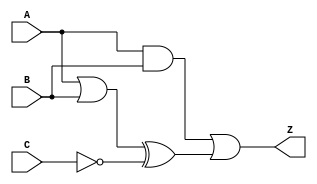
module combinational_logic (
    input wire A,      // Input A
    input wire B,      // Input B
    input wire C,      // Input C
    output wire Z      // Output Z
);

// Internal signals for intermediate calculations
wire and1_out;      // Intermediate wire for AND gate output
wire or1_out;       // Intermediate wire for OR gate output
wire not1_out;      // Intermediate wire for NOT gate output
wire xor1_out;      // Intermediate wire for XOR gate output

// Logic Functionality Specification
// Example Logic Function: Z = (A AND B) OR (NOT C) XOR (A OR B)

// AND gate implementation
assign and1_out = A & B;      // AND operation

// NOT gate implementation
assign not1_out = ~C;         // NOT operation

// OR gate implementation
assign or1_out = A | B;       // OR operation

// XOR gate implementation
assign xor1_out = or1_out ^ not1_out;  // XOR operation

// Final output definition
assign Z = and1_out | xor1_out;  // Combining results for final output Z

endmodule